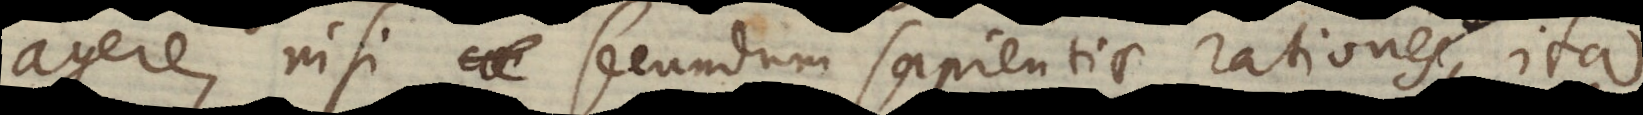
agere, nisi secundum sapientiae rationes, ita